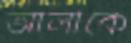
আলীকে